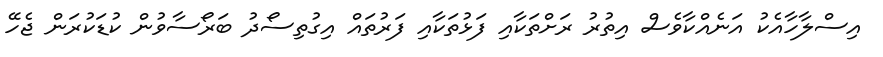
އިސްލާހާއެކު އަނެއްކާވެސް އިތުރު ރަށްތަކާއި ފަޅުތަކާއި ފަރުތައް އިގުތިސޯދު ބަރޯސާވުން ކުޑަކުރަން ޖެހޭ